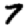
Digit: 7